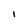
Character: I